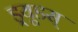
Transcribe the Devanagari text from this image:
ड्र्यूडस्